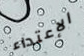
الإعتداء